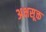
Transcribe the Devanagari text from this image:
अक्षसूक्त